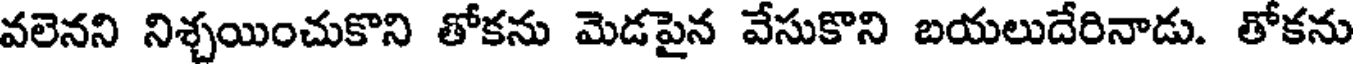
వలెనని నిశ్చయించుకొని తోకను మెడపైన వేసుకొని బయలుదేరినాడు. తోకను